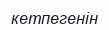
кетпегенін